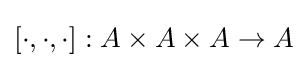
[\cdot ,\cdot ,\cdot ]:A\times A\times A\to A